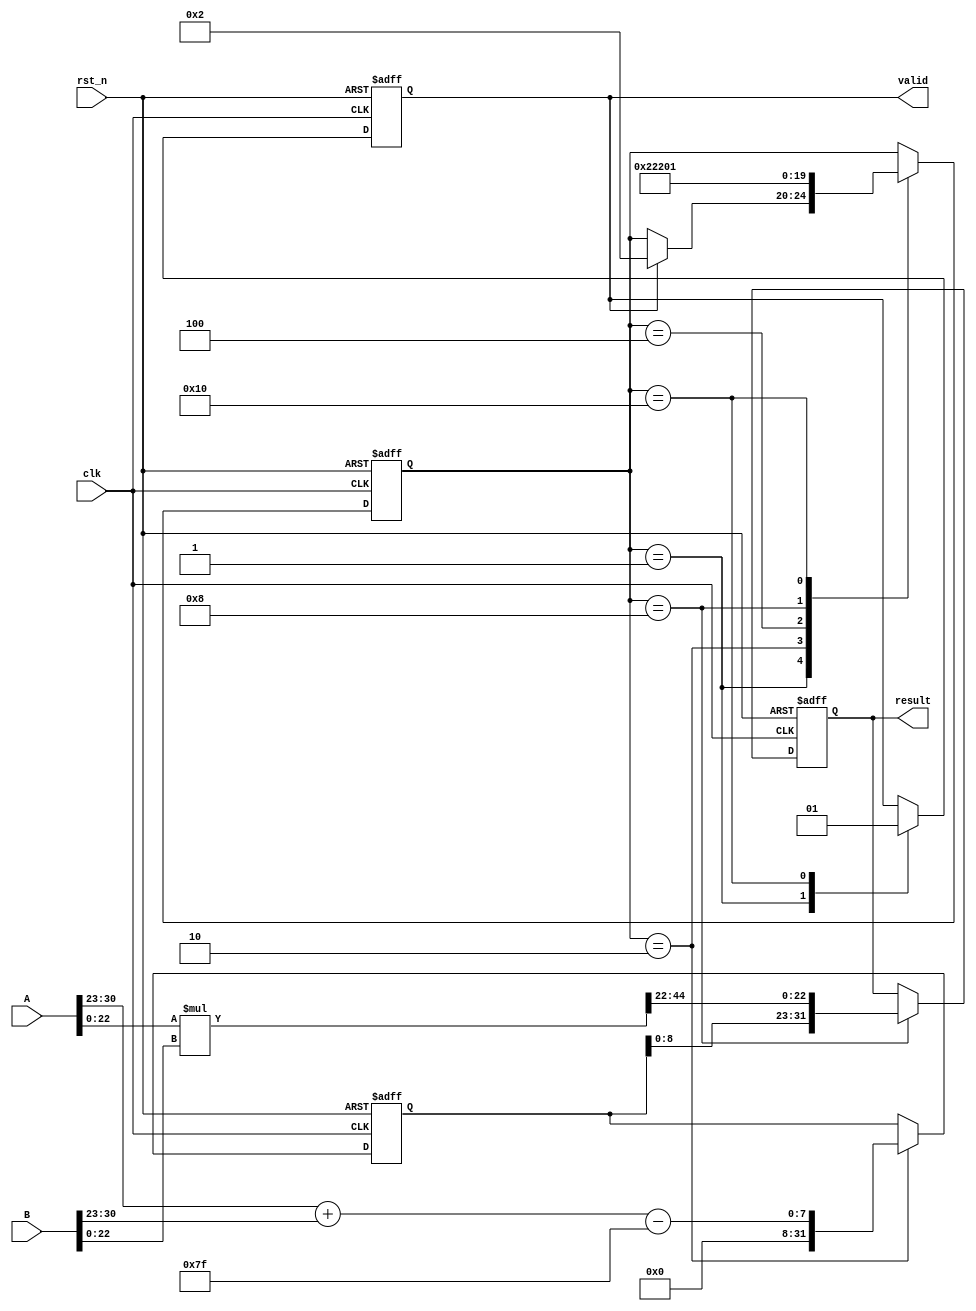
module pipelined_fp_multiplier (
    input           clk,
    input           rst_n,
    input   [31:0]  A,
    input   [31:0]  B,
    output  [31:0]  result,
    output          valid
);

    // Pipeline registers
    reg [31:0]  A_reg, B_reg;
    reg [31:0]  sign_reg, exp_reg, mantissa_reg;
    reg [31:0]  final_reg;
    
    // Control signals
    reg [4:0] state;
    reg valid_reg;

    // Constants
    localparam BIAS = 8'h7F;   // Bias for exponent
    localparam IDLE = 5'b00001;
    localparam DECOMPOSE = 5'b00010;
    localparam SIGN_EXP_CALC = 5'b00100;
    localparam MANTISSA_MULTIPLY = 5'b01000;
    localparam NORMALIZE = 5'b10000;
    localparam ROUND = 5'b00011;

    // Intermediate signals
    wire sign_A, sign_B, sign_result;
    wire [7:0] exp_A, exp_B, exp_result;
    wire [22:0] mantissa_A, mantissa_B;
    wire [46:0] mantissa_product;

    // Decomposition stage
    assign sign_A = A[31];
    assign sign_B = B[31];
    assign exp_A = A[30:23];
    assign exp_B = B[30:23];
    assign mantissa_A = {1'b1, A[22:0]};  // Implicit leading 1
    assign mantissa_B = {1'b1, B[22:0]};  // Implicit leading 1

    // Sign Calculation
    assign sign_result = sign_A ^ sign_B;

    // Exponent Calculation
    assign exp_result = exp_A + exp_B - BIAS;

    // Mantissa Multiplication
    assign mantissa_product = mantissa_A * mantissa_B;

    // Pipeline stages
    always @(posedge clk or negedge rst_n) begin
        if (!rst_n) begin
            A_reg <= 0;
            B_reg <= 0;
            sign_reg <= 0;
            exp_reg <= 0;
            mantissa_reg <= 0;
            final_reg <= 0;
            valid_reg <= 0;
            state <= IDLE;
        end else begin
            case (state)
                IDLE: begin
                    if (valid) begin
                        A_reg <= A;
                        B_reg <= B;
                        state <= DECOMPOSE;
                        valid_reg <= 0; // Clear valid
                    end
                end
                DECOMPOSE: begin
                    // Store intermediate results
                    sign_reg <= {31'b0, sign_result};
                    exp_reg <= exp_result;
                    mantissa_reg <= mantissa_product[46:24]; // High 23 bits
                    state <= SIGN_EXP_CALC;
                end
                SIGN_EXP_CALC: begin
                    // Move to mantissa multiplication
                    state <= MANTISSA_MULTIPLY;
                end
                MANTISSA_MULTIPLY: begin
                    // Normalization step (may require shifting)
                    if (mantissa_product[46]) begin
                        final_reg <= {sign_reg[31], exp_reg + 1'b1, mantissa_product[45:23]};
                    end else begin
                        final_reg <= {sign_reg[31], exp_reg, mantissa_product[44:22]};
                        // Normalization logic (right shift if necessary)
                    end
                    state <= NORMALIZE;
                end
                NORMALIZE: begin
                    // Rounding and output assembly
                    final_reg[22:0] <= final_reg[22:0] + (mantissa_product[23] ? 1 : 0); // Simple rounding
                    final_reg[31:0] <= final_reg[31:0]; // Just forward the result
                    valid_reg <= 1; // Set output valid
                    state <= IDLE;  // Reset state
                end
            endcase
        end
    end
    
    assign result = final_reg;
    assign valid = valid_reg;

endmodule